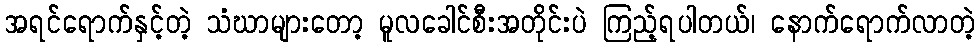
အရင်ရောက်နှင့်တဲ့ သံဃာများတော့ မူလခေါင်စီးအတိုင်းပဲ ကြည့်ရပါတယ်၊ နောက်ရောက်လာတဲ့